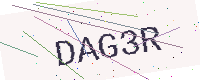
Text: DAG3R